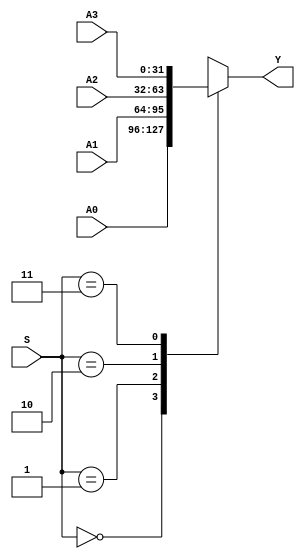
`timescale 1ns / 1ps
//////////////////////////////////////////////////////////////////////////////////
// Company: 
// Engineer: 
// 
// Design Name: 
// Module Name: MUX4X32
// Project Name: 
// Target Devices: 
// Tool Versions: 
// Description: 
// 
// Dependencies: 
// 
// Revision:
// Revision 0.01 - File Created
// Additional Comments:
// 
//////////////////////////////////////////////////////////////////////////////////


module MUX4X32(A0, A1, A2, A3, S, Y);
    input [31:0] A0, A1, A2, A3;
    input [1:0] S;
    output [31:0] Y;
    function [31:0] select;
        input [31:0] A0, A1, A2, A3;
        input [1:0] S;
            case(S)
                2'b00: select = A0;
                2'b01: select = A1;
                2'b10: select = A2;
                2'b11: select = A3;
            endcase
    endfunction
    assign Y = select (A0, A1, A2, A3, S);
endmodule